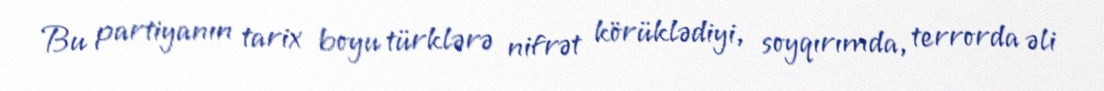
Bu partiyanın tarix boyu türklərə nifrət körüklədiyi, soyqırımda, terrorda əli